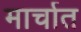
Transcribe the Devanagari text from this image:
मार्चात